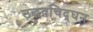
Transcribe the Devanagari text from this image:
उद्धवचिद्‌घन